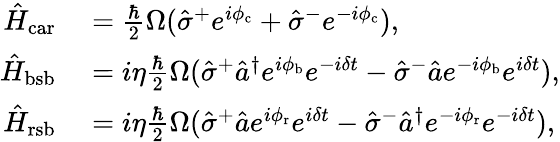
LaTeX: \begin{array}{rl}{\hat{H}_{\mathrm{car}}}&{{}=\frac{\hbar}{2}\Omega(\hat{\sigma}^{+}e^{i\phi_{\mathrm{c}}}+\hat{\sigma}^{-}e^{-i\phi_{\mathrm{c}}}),}\\ {\hat{H}_{\mathrm{bsb}}}&{{}=i\eta\frac{\hbar}{2}\Omega(\hat{\sigma}^{+}\hat{a}^{\dagger}e^{i\phi_{\mathrm{b}}}e^{-i\delta t}-\hat{\sigma}^{-}\hat{a}e^{-i\phi_{\mathrm{b}}}e^{i\delta t}),}\\ {\hat{H}_{\mathrm{rsb}}}&{{}=i\eta\frac{\hbar}{2}\Omega(\hat{\sigma}^{+}\hat{a}e^{i\phi_{\mathrm{r}}}e^{i\delta t}-\hat{\sigma}^{-}\hat{a}^{\dagger}e^{-i\phi_{\mathrm{r}}}e^{-i\delta t}),}\end{array}